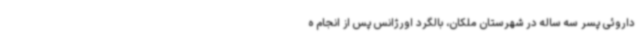
داروئی پسر سه ساله در شهرستان ملکان، بالگرد اورژانس پس از انجام ه